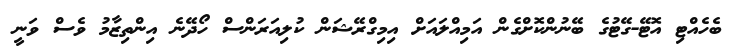
ބެހެއްޓި އޮޓޭ-ގޭޓުގެ ބޭނުންކޮށްގެން އަމިއްލައަށް އިމިގްރޭޝަން ކުލިއަރަންސް ހޯދޭނެ އިންތިޒާމު ވެސް ވަނީ